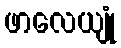
ဖာလေယျုံ